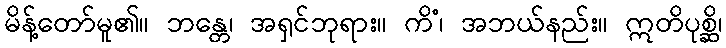
မိန့်တော်မူ၏။ ဘန္တေ၊ အရှင်ဘုရား။ ကိံ၊ အဘယ်နည်း။ ဣတိပုစ္ဆိ၊